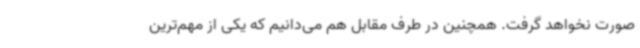
صورت نخواهد گرفت. همچنین در طرف مقابل هم می‌دانیم که یکی از مهم‌ترین